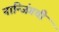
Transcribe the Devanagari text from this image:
नान्जिंगची